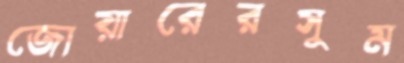
জোয়ারেরসুম